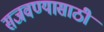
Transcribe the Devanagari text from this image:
सजवण्यासाठी